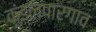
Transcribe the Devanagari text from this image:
कुंडलपारगाव